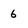
Character: 6